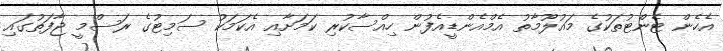
އެހެން ޓެންޓުތަކުގެ މައުލޫމާތު އެމްއެންޑީއެފުން ހިއްސާކުރި ކަމަށާއި އެކަމަކު ސަމިޓުގެ ރަސްމީ ޖާފަތުގައި